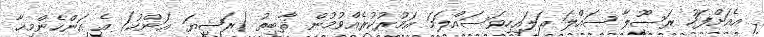
އެއަށްފަހު ރަސޫލާ ޞައްލަ ޢަލައިހިވަސައްލަމަ އަމުރުކުރެއްވުމުން ޘާބިތު (ރަޟިޔަ ޢަންހު) އެ އަންހެންމިހާ